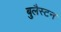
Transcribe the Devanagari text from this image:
बुलैस्टन